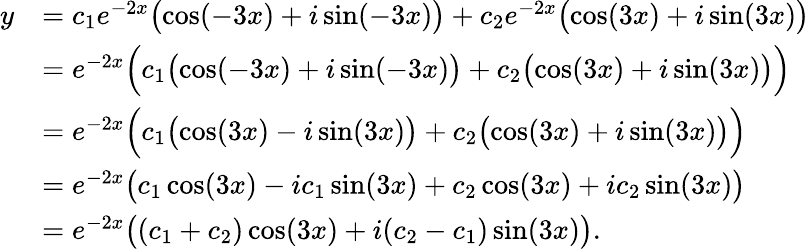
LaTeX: \begin{array}{rl}{y}&{=c_{1}e^{-2x}\bigl(\cos(-3x)+i\sin(-3x)\bigr)+c_{2}e^{-2x}\bigl(\cos(3x)+i\sin(3x)\bigr)}\\ &{=e^{-2x}\Bigl(c_{1}\bigl(\cos(-3x)+i\sin(-3x)\bigr)+c_{2}\bigl(\cos(3x)+i\sin(3x)\bigr)\Bigr)}\\ &{=e^{-2x}\Bigl(c_{1}\bigl(\cos(3x)-i\sin(3x)\bigr)+c_{2}\bigl(\cos(3x)+i\sin(3x)\bigr)\Bigr)}\\ &{=e^{-2x}\bigl(c_{1}\cos(3x)-ic_{1}\sin(3x)+c_{2}\cos(3x)+ic_{2}\sin(3x)\bigr)}\\ &{=e^{-2x}\bigl((c_{1}+c_{2})\cos(3x)+i(c_{2}-c_{1})\sin(3x)\bigr).}\end{array}